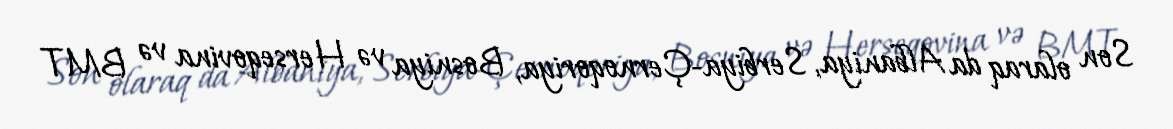
Son olaraq da Albaniya, Serbiya-Çernoqoriya, Bosniya və Herseqovina və BMT